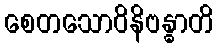
စေတသောဝိနိဗန္ဓာတိ